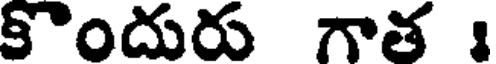
కొందురు గాత